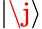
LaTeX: \lvert\j\rangle